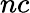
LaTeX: nc